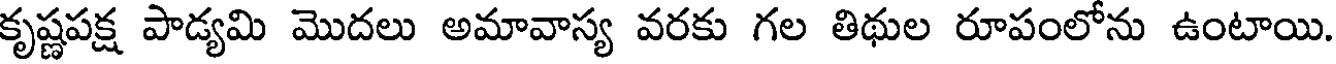
కృష్ణపక్ష పాడ్యమి మొదలు అమావాస్య వరకు గల తిథుల రూపంలోను ఉంటాయి.